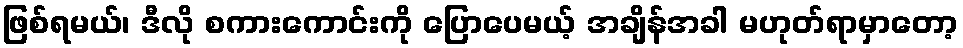
ဖြစ်ရမယ်၊ ဒီလို စကားကောင်းကို ပြောပေမယ့် အချိန်အခါ မဟုတ်ရာမှာတော့